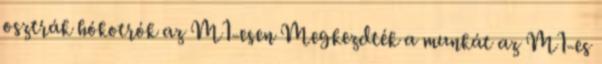
osztrák hókotrók az M1-esen Megkezdték a munkát az M1-es